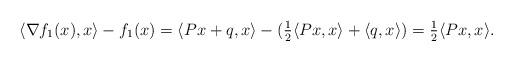
LaTeX: \begin{align*}\langle\nabla f_1(x),x\rangle-f_1(x)=\langle Px+q,x\rangle-(\tfrac{1}{2}\langle Px,x\rangle+\langle q,x\rangle)=\tfrac{1}{2}\langle Px,x\rangle.\end{align*}